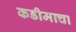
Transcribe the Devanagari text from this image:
कडीमाचा